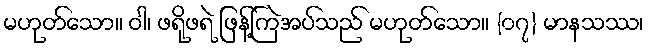
မဟုတ်သော။ ဝါ၊ ဖရိုဖရဲ ဖြန့်ကြဲအပ်သည် မဟုတ်သော။ {၀၇} မာနသဿ၊